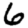
Digit: 6